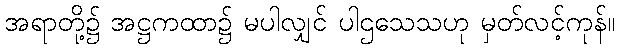
အရာတို့၌ အဋ္ဌကထာ၌ မပါလျှင် ပါဌသေသဟု မှတ်လင့်ကုန်။